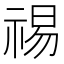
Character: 𫀒